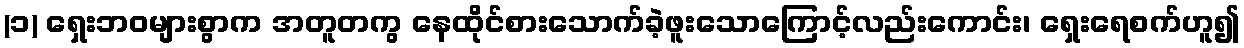
(၁) ရှေးဘဝများစွာက အတူတကွ နေထိုင်စားသောက်ခဲ့ဖူးသောကြောင့်လည်းကောင်း၊ ရှေးရေစက်ဟူ၍